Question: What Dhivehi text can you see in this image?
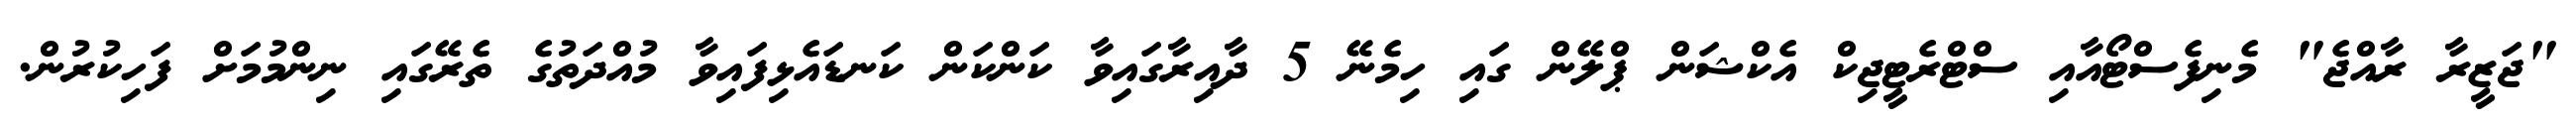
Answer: "ޖަޒީރާ ރާއްޖެ" މެނިފެސްޓޯއާއި ސްޓްރެޓީޖިކް އެކްޝަން ޕްލޭން ގައި ހިމެނޭ 5 ދާއިރާގައިވާ ކަންކަން ކަނޑައެޅިފައިވާ މުއްދަތުގެ ތެރޭގައި ނިންމުމަށް ފަހިކުރުން.